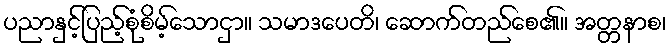
ပညာနှင့်ပြည့်စုံစိမ့်သောငှာ။ သမာဒပေတိ၊ ဆောက်တည်စေ၏။ အတ္တနာစ၊